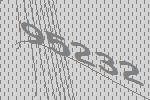
95232